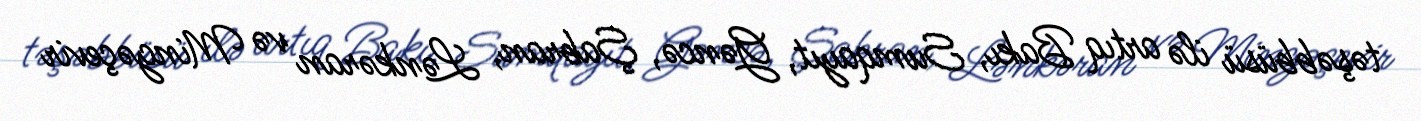
təşəbbüsü ilə artıq Bakı, Sumqayıt, Gəncə, Şabran, Lənkəran və Mingəçevir